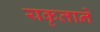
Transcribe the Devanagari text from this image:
यकृताने